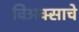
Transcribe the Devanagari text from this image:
विअक्साचे